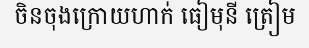
ចិនចុងក្រោយហាក់ ធៀមុនី ត្រៀម